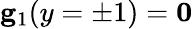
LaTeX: \mathbf{g}_{1}(y=\pm 1)=\mathbf{0}